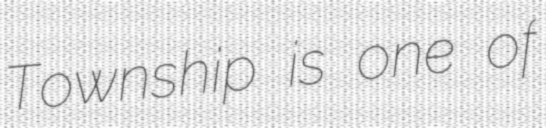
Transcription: Township is one of